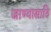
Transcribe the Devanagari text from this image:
जाण्यासाठि